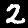
Label: 2